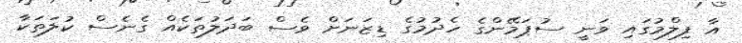
އާ ފިލްމުގައި ވަނީ ސުޕަމޭންގެ ހެދުމުގެ ޑިޒަނަށް ވެސް ބަދަލުތަކެއް ގެނެސް ކުލަތަކާ